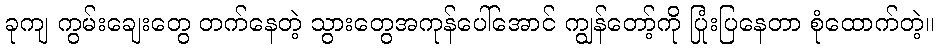
ခုကျ ကွမ်းချေးတွေ တက်နေတဲ့ သွားတွေအကုန်ပေါ်အောင် ကျွန်တော့်ကို ပြုံးပြနေတာ စုံထောက်တဲ့။